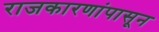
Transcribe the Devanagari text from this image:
राजकारणांपासून